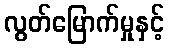
လွတ်မြောက်မှုနှင့်